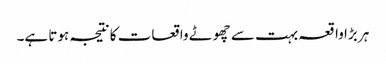
ہر بڑا واقعہ بہت سے چھوٹے واقعات کا نتیجہ ہوتا ہے۔